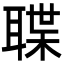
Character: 𮋶